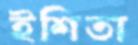
ইশিতা